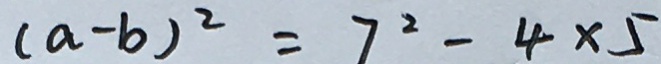
( a - b ) ^ { 2 } = 7 ^ { 2 } - 4 \times 5